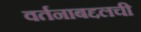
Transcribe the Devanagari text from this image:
वर्तनाबद्दलची